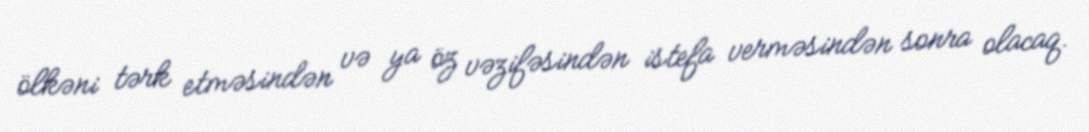
ölkəni tərk etməsindən və ya öz vəzifəsindən istefa verməsindən sonra olacaq.